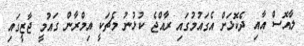
ލާއޮސް އާއި ދެކޮޅަށް އެގައުމުގައި ރާއްޖެ ކުޅުނު މެޗަކީ އިމްރާން ގައުމީ ޖާޒީގައި